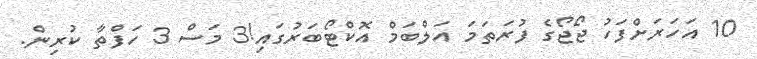
10 އަަަހަރަށްފަހު ޖޯޖޯގެ ފުރަތަމަ އަލްބަމް އޮކްޓޯބަރުގައި!3 މަސް 3 ހަފްތާ ކުރިން.